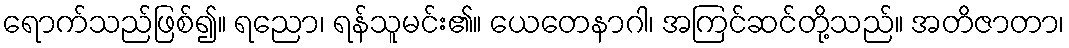
ရောက်သည်ဖြစ်၍။ ရညော၊ ရန်သူမင်း၏။ ယေတေနာဂါ၊ အကြင်ဆင်တို့သည်။ အတိဇာတာ၊